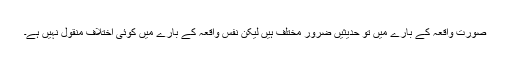
صورت واقعہ کے بارے میں تو حدیثیں ضرور مختلف ہیں لیکن نفس واقعہ کے بارے میں کوئی اختلاف منقول نہیں ہے۔